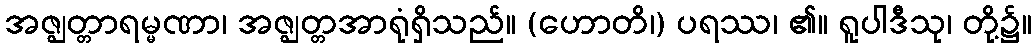
အဇ္ဈတ္တာရမ္မဏာ၊ အဇ္ဈတ္တအာရုံရှိသည်။ (ဟောတိ၊) ပရဿ၊ ၏။ ရူပါဒီသု၊ တို့၌။